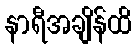
နာရီအချိန်ထိ